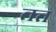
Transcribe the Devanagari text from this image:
तत्त